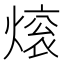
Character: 𬊼